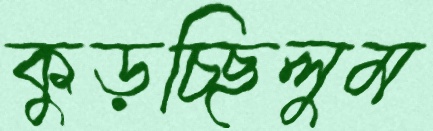
কুড়চ্ছিলুম